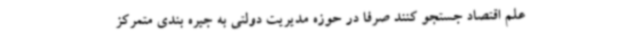
علم اقتصاد جستجو کنند صرفا در حوزه مدیریت دولتی به جیره بندی متمرکز